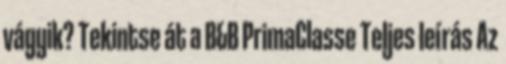
vágyik? Tekintse át a B&B PrimaClasse Teljes leírás Az